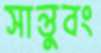
সান্তুবং